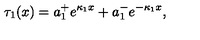
\tau _ { 1 } ( x ) = a _ { 1 } ^ { + } e ^ { \kappa _ { 1 } x } + a _ { 1 } ^ { - } e ^ { - \kappa _ { 1 } x } ,